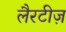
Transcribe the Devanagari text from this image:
लैरटीज़